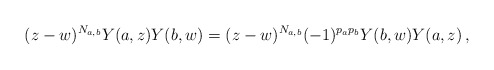
\begin{align*}(z-w)^{N_{a,b}} Y(a,z) Y(b,w) = (z-w)^{N_{a,b}} (-1)^{p_a p_b} Y(b,w) Y(a,z) \,,\end{align*}